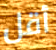
أقل